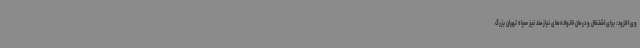
وی افزود: برای اشتغال و درمان خانواده‌های نیازمند نیز سپاه تهران بزرگ‌